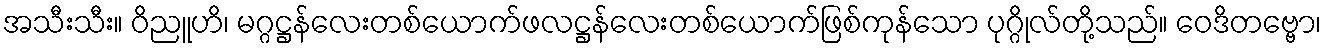
အသီးသီး။ ဝိညူဟိ၊ မဂ္ဂဋ္ဌန်လေးတစ်ယောက်ဖလဋ္ဌန်လေးတစ်ယောက်ဖြစ်ကုန်သော ပုဂ္ဂိုလ်တို့သည်။ ဝေဒိတဗ္ဗော၊